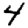
Digit: 4